Insane asylums in Bengal annual reports 1876-1887 - 1876-1887
Year: 1876
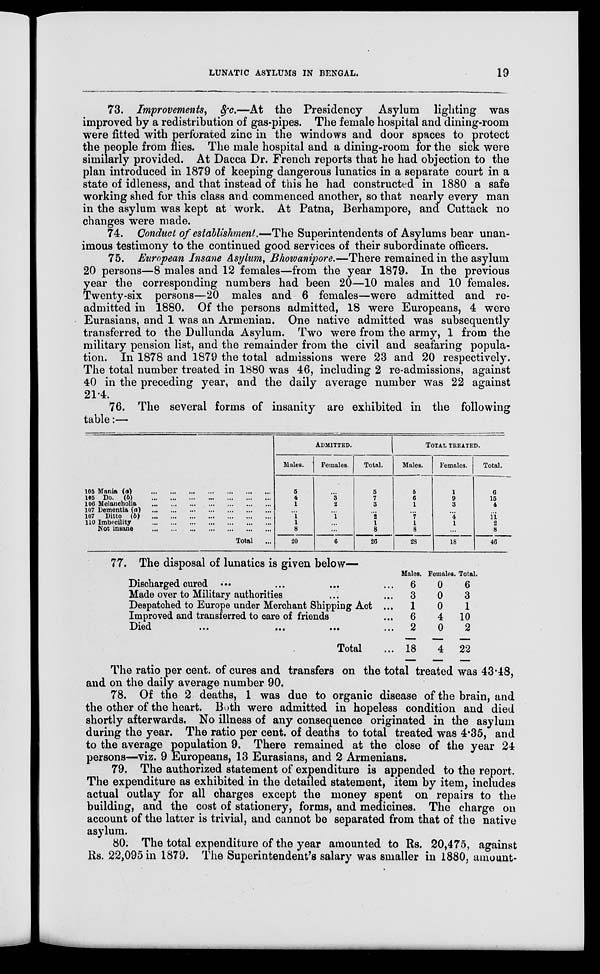
LUNATIC ASYLUMS IN BENGAL.
19
73. Improvements, &c.—At the Presidency Asylum lighting was
improved by a redistribution of gas-pipes. The female hospital and dining-room
were fitted with perforated zinc in the windows and door spaces to protect
the people from flies. The male hospital and a dining-room for the sick were
similarly provided. At Dacca Dr. French reports that he had objection to the
plan introduced in 1879 of keeping dangerous lunatics in a separate court in a
state of idleness, and that instead of this he had constructed in 1880 a safe
working shed for this class and commenced another, so that nearly every man
in the asylum was kept at work. At Patna, Berhampore, and Cuttack no
changes were made.
74. Conduct of establishment.—The Superintendents of Asylums bear unan-
imous testimony to the continued good services of their subordinate officers.
75. European Insane Asylum, Bhowanipore.—There remained in the asylum
20 persons—8 males and 12 females—from the year 1879. In the previous
year the corresponding numbers had been 20—10 males and 10 females.
Twenty-six persons—20 males and 6 females—were admitted and re-
admitted in 1880. Of the persons admitted, 18 were Europeans, 4 were
Eurasians, and 1 was an Armenian. One native admitted was subsequently
transferred to the Dullunda Asylum. Two were from the army, 1 from the
military pension list, and the remainder from the civil and seafaring popula-
tion. In 1878 and 1879 the total admissions were 23 and 20 respectively.
The total number treated in 1880 was 46, including 2 re-admissions, against
40 in the preceding year, and the daily average number was 22 against
21.4.
76. The several forms of insanity are exhibited in the following
table:—
105 Mania (a)
...
...
...
...
...
...
...
105 Do. (b)
...
...
...
...
...
...
...
106 Melancholia
...
...
...
...
...
...
...
107 Dementia (a)
...
...
...
...
...
...
...
107 Ditto (b)
...
...
...
...
...
...
...
110 Imbecility
...
...
...
...
...
...
...
Not insane
...
...
...
...
...
...
...
Total
...
ADMITTED.
Males.
5
4
1
...
1
1
8
20
Females.
...
3
2
...
1
...
...
6
Total.
5
7
3
...
2
1
8
26
TOTAL TREATED.
Males.
5
6
1
...
7
1
8
28
Females.
1
9
3
...
4
1
...
18
Total.
6
15
4
...
11
2
8
46
77. The disposal of lunatics is given below—
Discharged cured ... ... ... ...
Made over to Military authorities ... ...
Despatched to Europe under Merchant Shipping Act ...
Improved and transferred to care of friends ...
Died
...
...
...
...
Total ...
Males.
6
3
1
6
2
18
Females.
0
0
0
4
0
4
Total.
6
3
1
10
2
22
The ratio per cent. of cures and transfers on the total treated was 43.48,
and on the daily average number 90.
78. Of the 2 deaths, 1 was due to organic disease of the brain, and
the other of the heart. Both were admitted in hopeless condition and died
shortly afterwards. No illness of any consequence originated in the asylum
during the year. The ratio per cent. of deaths to total treated was 4.35, and
to the average population 9. There remained at the close of the year 24
persons—viz. 9 Europeans, 13 Eurasians, and 2 Armenians.
79. The authorized statement of expenditure is appended to the report.
The expenditure as exhibited in the detailed statement, item by item, includes
actual outlay for all charges except the money spent on repairs to the
building, and the cost of stationery, forms, and medicines. The charge on
account of the latter is trivial, and cannot be separated from that of the native
asylum.
80. The total expenditure of the year amounted to Rs. 20,475, against
Rs. 22,095 in 1879. The Superintendent's salary was smaller in 1880, amount-